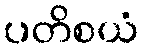
ပတိစယံ